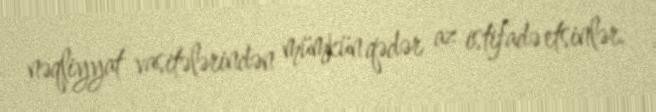
nəqliyyat vasitələrindən mümkün qədər az istifadə etsinlər.